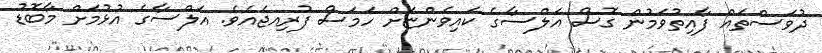
ދުވަސްތައް ފާއިތުވަމުން ގޮސް އަލްސާގެ ކައިވެންޏަށް ހަމަސް ފުރިއޖެއެވެ. އަލްސާގެ އުޅުމަށް މާބޮޑު